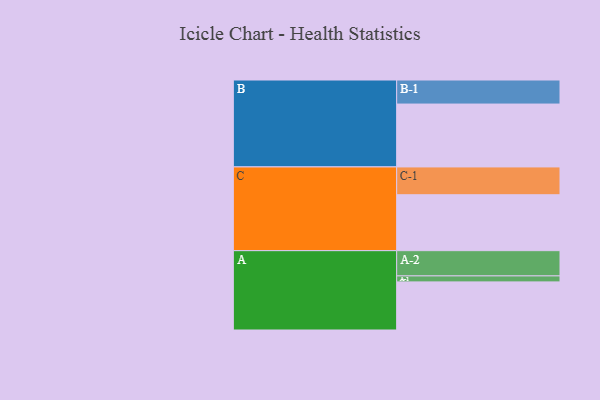
{"axis": {"x": "Segment", "y": "Value"}, "legend": ["", "A", "B", "C"], "data": [{"x": "A", "y": 450, "type": ""}, {"x": "B", "y": 588, "type": ""}, {"x": "C", "y": 523, "type": ""}, {"x": "A-1", "y": 56, "type": "A"}, {"x": "A-2", "y": 236, "type": "A"}, {"x": "B-1", "y": 225, "type": "B"}, {"x": "C-1", "y": 260, "type": "C"}]}